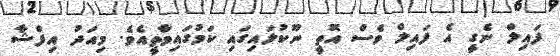
ފައިލް ނެގީ އެ ފައިލް ވެސް އޮތީ ނޫކުލައިގައި ކަމުގައިވާތީއެވެ. މިއަދު އިފްޝާ